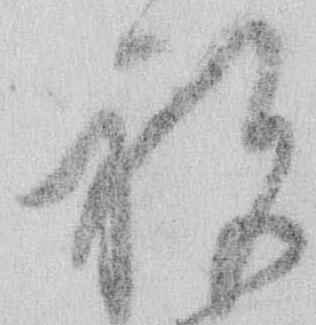
祝